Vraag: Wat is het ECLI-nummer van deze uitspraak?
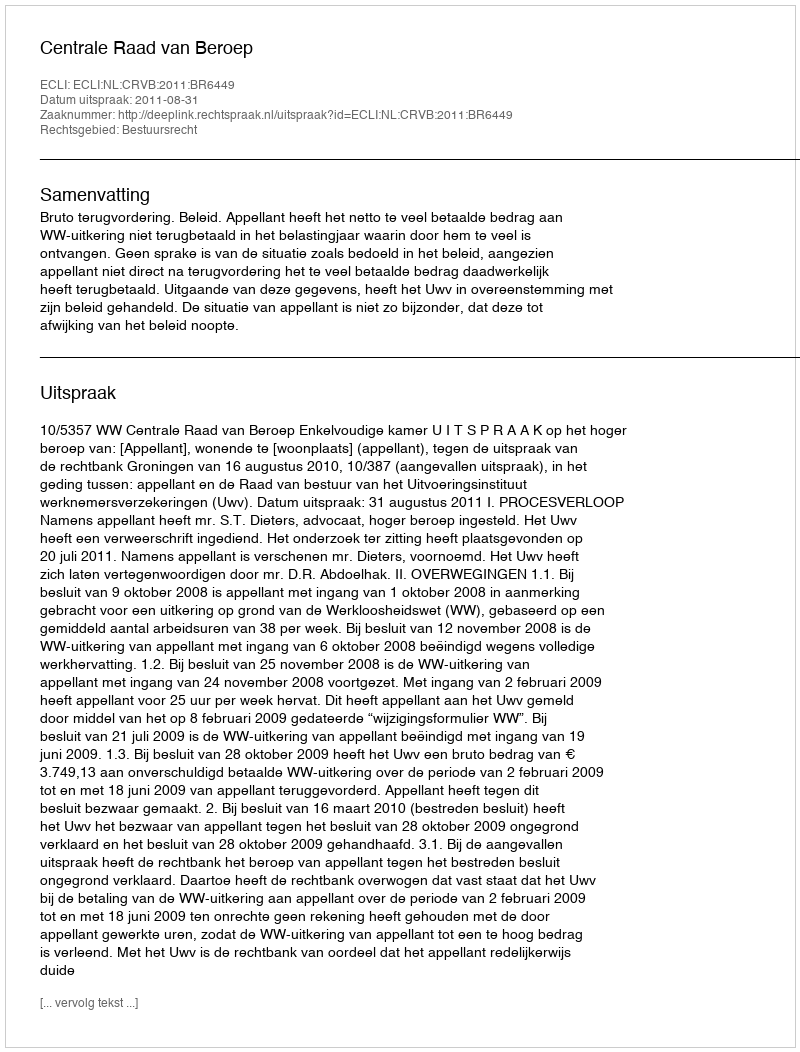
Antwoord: ECLI:NL:CRVB:2011:BR6449